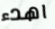
اهدء